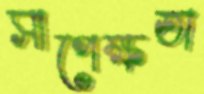
সাপেক্ষতা